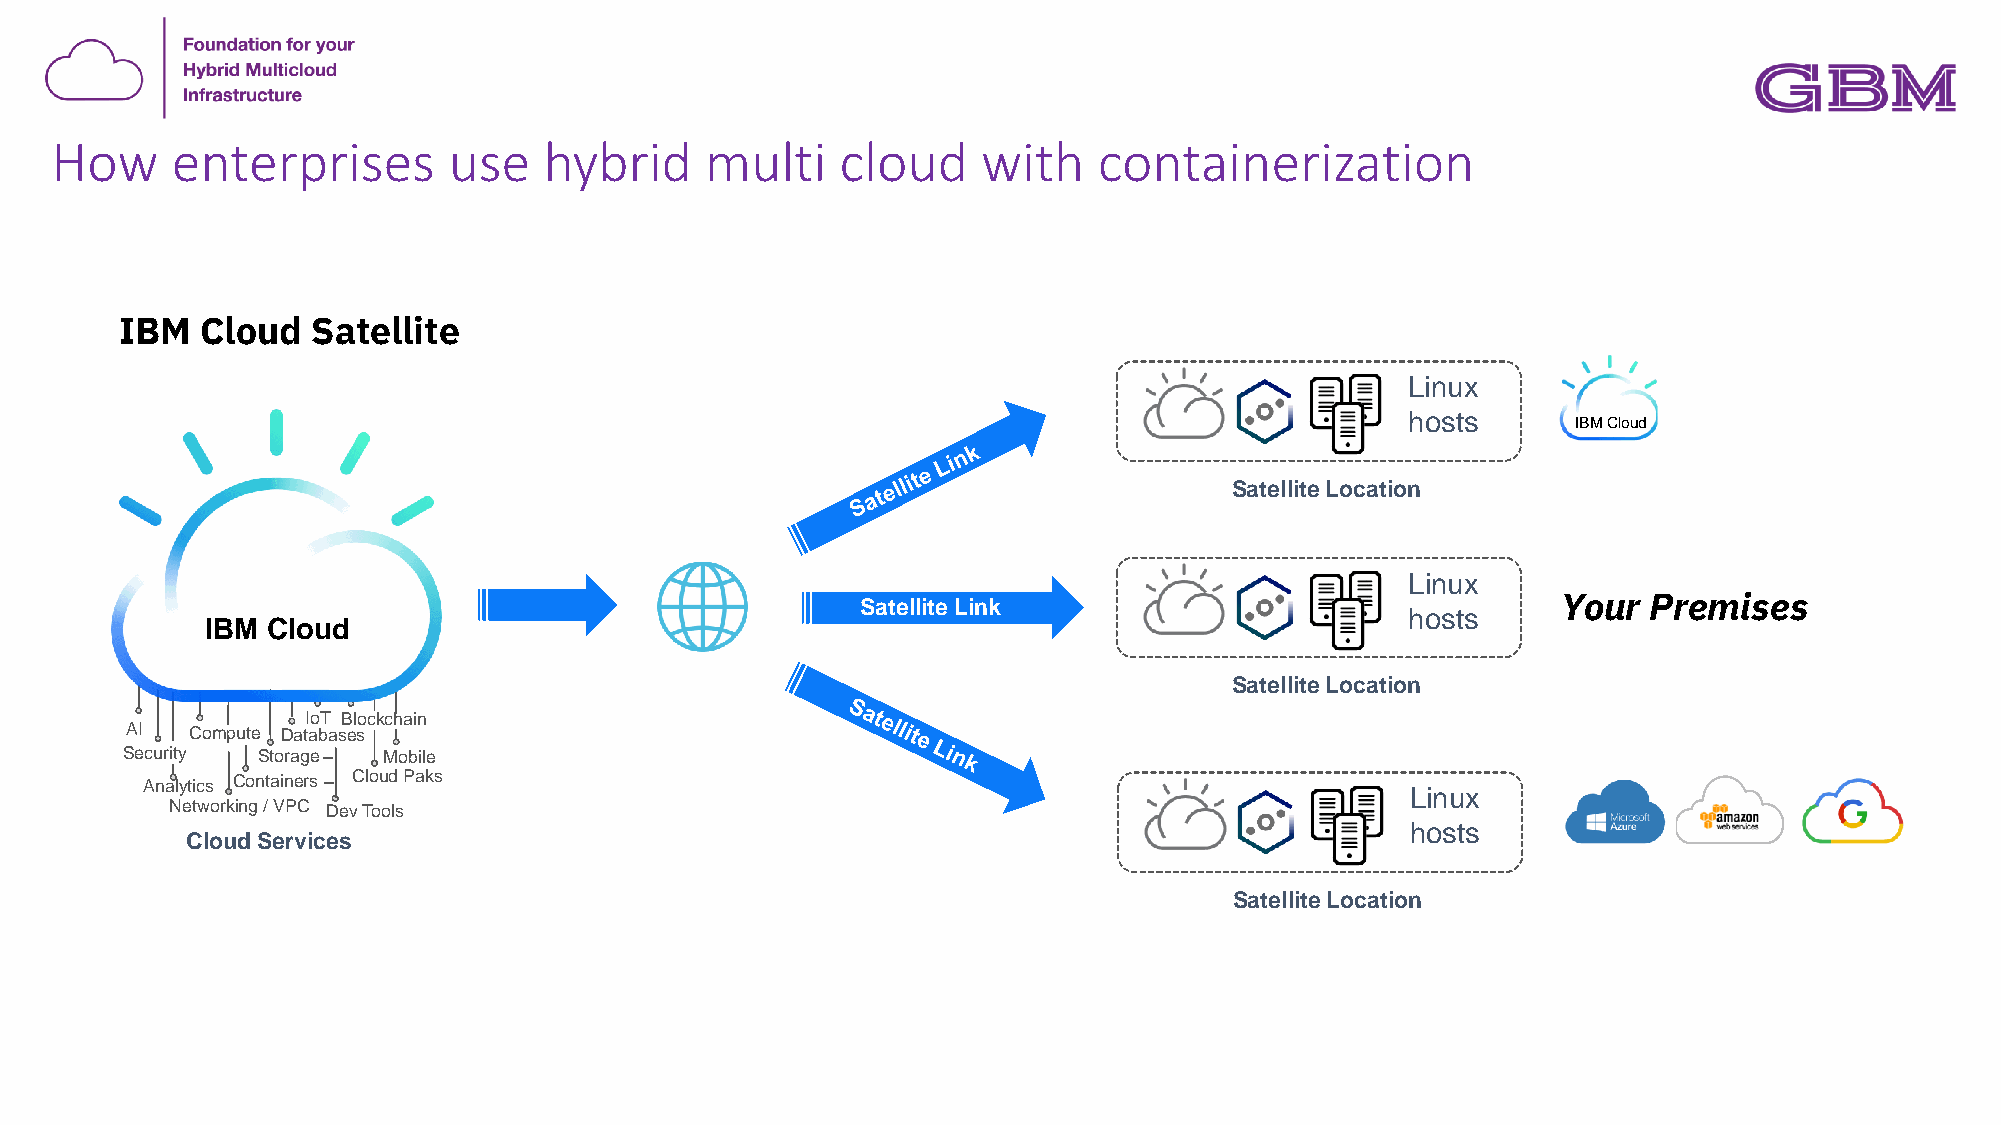
How     enterprises        use   hybrid     multi    cloud    with    containerization
 IBM  Cloud   Satellite
 Linux
 hosts
 IBM Cloud
 Satellite Location
 Linux
 Satellite Link                                Your  Premises
 hosts
 IBM Cloud
 Satellite Location
 Linux
 hosts
 Cloud Services
 Satellite Location
 AS Ie
 c
 A
 u
 n
 C o mrity
 a ly tic sN
 e tw o
 p u
 C
 rk in
 Iote
 D a taS
 to ra g e
 o n ta in e rs
 g / V P C
 Tb
 a
 D
 B lo c k c h a ins
 e s
 M o b ileC
 lo u d P a k
 e v T o o ls
 s